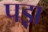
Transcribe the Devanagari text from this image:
पड़़ा